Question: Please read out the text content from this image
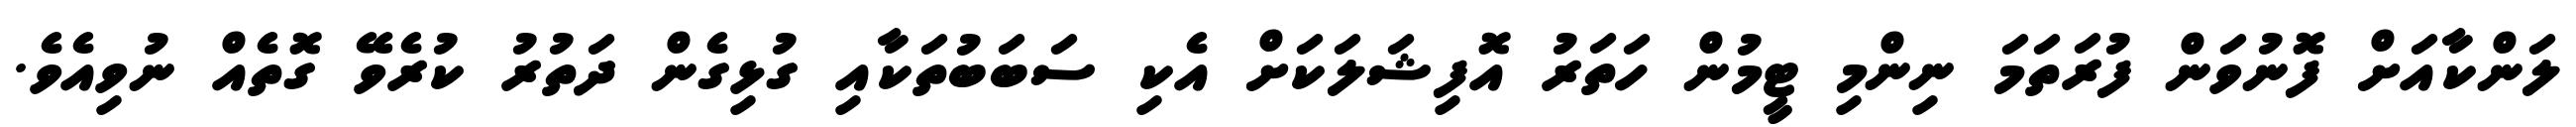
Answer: ލަންކާއަށް ފޮނުވަން ފުރަތަމަ ނިންމި ޓީމުން ހަތަރު އޮފިޝަލަކަށް އެކި ސަބަބުތަކާއި ގުޅިގެން ދަތުރު ކުރެވޭ ގޮތެއް ނުވިއެވެ.